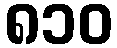
၈၁၀